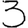
Digit: 3